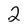
Character: 2